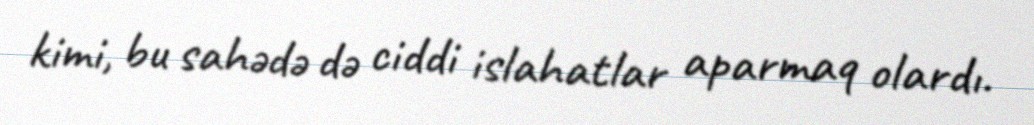
kimi, bu sahədə də ciddi islahatlar aparmaq olardı.